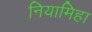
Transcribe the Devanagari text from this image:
नियामिहा